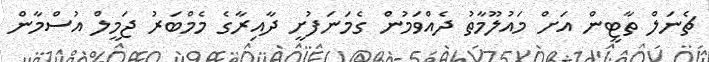
ޗެނަލް ތާޓީން އަށް މައުލޫމާތު ދެއްވަމުން ގެމަނަފުށީ ދާއިރާގެ މެމްބަރު ޖަމީލް އުސްމާން